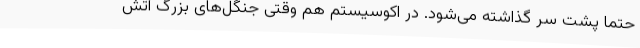
حتما پشت سر گذاشته می‌شود. در اکوسیستم هم وقتی جنگل‌های بزرگ آتش